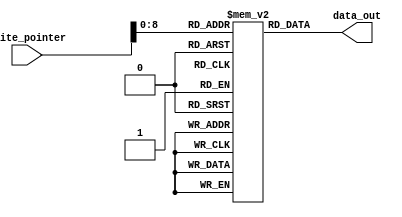
`timescale 1ns/ 1ps

module transmisson(write_pointer,data_out);
output [15:0] data_out;
input [15:0] write_pointer;
reg [15:0] input_ROM [256:0];
integer z;
initial begin

for(z=0;z<256;z=z+1)
input_ROM[z] = z*5;
end

assign data_out = input_ROM[write_pointer];
endmodule


module asynchronous_fifo(read_clk,write_clk,reset,data_out,r_empty,w_full);
parameter p =5;
parameter w=16;
parameter depth= 1<< p;

input read_clk,write_clk;
input reset;
output w_full,r_empty;
output [w-1 : 0] data_out;

wire [w-1 :0] data_in;
wire [p:0] read_pointer_grey, write_pointer_grey;
wire [p:0] read_pointer_bin, write_pointer_bin;

reg [p:0] read_pointer,read_s1,read_s2;
reg [p:0] write_pointer,write_s1,write_s2;
reg [w-1:0] memory[depth-1:0];
reg [w-1:0] transmitter_ptr;
reg full,empty;

transmisson t(transmitter_ptr,data_in);


// transmitter
always @(posedge reset or posedge write_clk)
begin
	if (reset) begin
		write_pointer <=0;
		transmitter_ptr <=0;
	end
	else if (full == 1'b0) begin
		write_pointer <= write_pointer+1;
		transmitter_ptr<= transmitter_ptr+1;
		memory[write_pointer[p-1:0]]<= data_in;
	end
end

always @(posedge reset or posedge read_clk) 
begin
	if (reset) begin
		read_pointer <=0;
	end
	else if(empty ==1'b0) begin
		read_pointer <= read_pointer +1;
	end
end


// read 2 bit synchronizers

always @(posedge write_clk) begin
	read_s1 <= read_pointer_grey;
	read_s2 <= read_s1;
end



// write 2 bit synchronizers

always @ (posedge read_clk) begin
	write_s1 <= write_pointer_grey;
	write_s2 <= write_s1;
end



//checking empty condition or not

always @(*)
begin	
	if(write_pointer_bin==read_pointer)
		empty=1;
	else
		empty=0;
end


////Checking full condition
always @(*)
begin
	if({~write_pointer[p],write_pointer[p-1:0]}==read_pointer_bin)
		full = 1;
	else
		full = 0;
end
	
	
	
	assign data_out = memory[read_pointer[p-1 : 0]];
	assign w_full = full;
	assign r_empty=empty;
	
	
	
	///Binary to gray
	assign write_pointer_grey = write_pointer ^ (write_pointer >> 1);
   assign read_pointer_grey = read_pointer ^ (read_pointer >> 1);
	
	
	///Gray to Binary---write pointer
	
	assign write_pointer_bin[5]=write_s2[5];
	assign write_pointer_bin[4]=write_s2[4] ^ write_pointer_bin[5];
	assign write_pointer_bin[3]=write_s2[3] ^ write_pointer_bin[4];
	assign write_pointer_bin[2]=write_s2[2] ^ write_pointer_bin[3];
	assign write_pointer_bin[1]=write_s2[1] ^ write_pointer_bin[2];
	assign write_pointer_bin[0]=write_s2[0] ^ write_pointer_bin[1];
	 
	 
	 ////Gray to Binary----Read pointer
	assign read_pointer_bin[5]=read_s2[5];
	assign read_pointer_bin[4]=read_s2[4] ^ read_pointer_bin[5];
	assign read_pointer_bin[3]=read_s2[3] ^ read_pointer_bin[4];
	assign read_pointer_bin[2]=read_s2[2] ^ read_pointer_bin[3];
	assign read_pointer_bin[1]=read_s2[1] ^ read_pointer_bin[2];
	assign read_pointer_bin[0]=read_s2[0] ^ read_pointer_bin[1];

endmodule